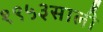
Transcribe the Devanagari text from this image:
१९५३साली